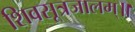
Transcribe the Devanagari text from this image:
शिवसूत्रजालम्॥